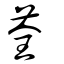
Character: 荃